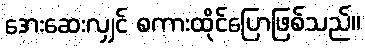
အေးဆေးလျှင် စကားထိုင်ပြောဖြစ်သည်။